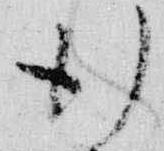
行